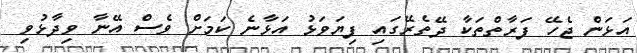
އަޅަން ޖެހޭ ފަރާތްތަކާ ދޭތެރޭގައި ފިޔަވަޅު އަޅާނެ ކަމަށް ވެސް އޭނާ ވިދާޅުވި